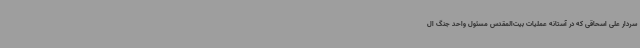
سردار علی اسحاقی که در آستانه عملیات بیت‌المقدس مسئول واحد جنگ ال